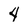
Character: 4